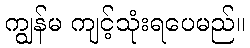
ကျွန်မ ကျင့်သုံးရပေမည်။